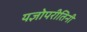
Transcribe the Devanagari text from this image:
यज्ञोपरीतिनी